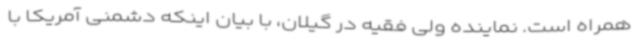
همراه است. نماینده ولی فقیه در گیلان، با بیان اینکه دشمنی آمریکا با